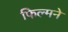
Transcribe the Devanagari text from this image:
फिल्मने